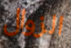
الزوال